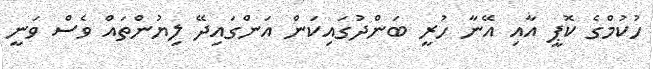
ހުކުމްގެ ކޮޕީ އާއި އޭނާ ހުރީ ބަންދުގައިކަން އަންގައިދޭ ލިޔުންތައް ވެސް ވަނީ